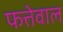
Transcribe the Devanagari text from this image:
फत्तेवाल